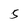
Character: 5